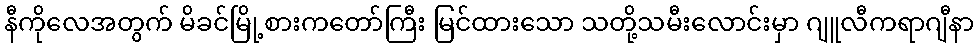
နီကိုလေအတွက် မိခင်မြို့စားကတော်ကြီး မြင်ထားသော သတို့သမီးလောင်းမှာ ဂျူလီကရာဂျီနာ